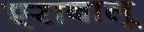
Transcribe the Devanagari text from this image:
एराबालू